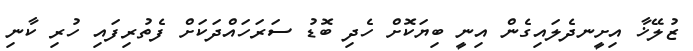
ޒުލޭޚާ އިށީނދެލައިގެން އިނީ ބިޔަކޮށް ހެދި ބޮޑު ސަރަހައްދަކަށް ފެތުރިފައި ހުރި ކާނި